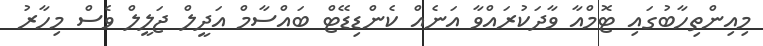
މިއިންތިހާބުގައި ޓޮމްއާ ވާދަކުރައްވާ އަނެއް ކެންޑިޑޭޓް ބައްސާމް އަދީލް ޖަލީލް ވެސް މިހާރު